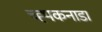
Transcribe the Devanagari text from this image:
च्ह्पकनाडा